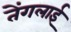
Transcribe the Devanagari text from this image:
तेंगलाई